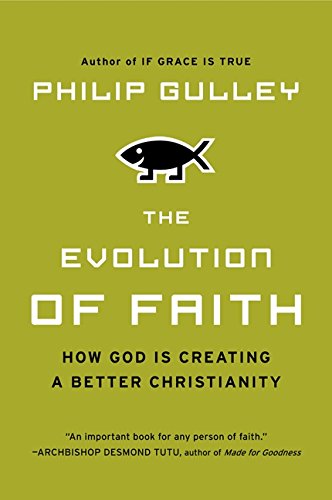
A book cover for The Evolution of Faith: How God Is Creating a Better Christianity; Philip Gulley; Christian Books & Bibles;